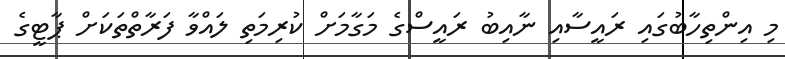
މި އިންތިހާބުގައި ރައީސާއި ނާއިބު ރައީސްގެ މަގާމަށް ކުރިމަތި ލައްވާ ފަރާތްތަކަށް ޕާޓީގެ